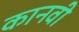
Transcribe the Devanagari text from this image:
कानवी